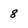
Character: 8